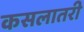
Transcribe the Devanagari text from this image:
कसलातरी